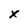
Character: x